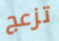
تزعج